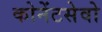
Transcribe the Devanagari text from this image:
कोनेंटसेवो